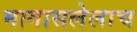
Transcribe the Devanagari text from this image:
मागासलेलाच